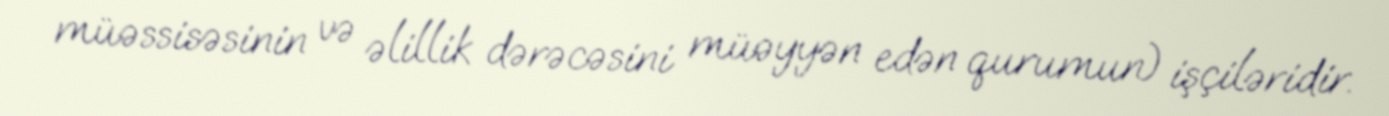
müəssisəsinin və əlillik dərəcəsini müəyyən edən qurumun) işçiləridir.